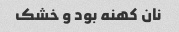
نان کهنه بود و خشک